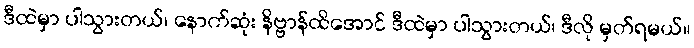
ဒီထဲမှာ ပါသွားတယ်၊ နောက်ဆုံး နိဗ္ဗာန်ထိအောင် ဒီထဲမှာ ပါသွားတယ်၊ ဒီလို မှတ်ရမယ်။